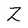
Character: Z